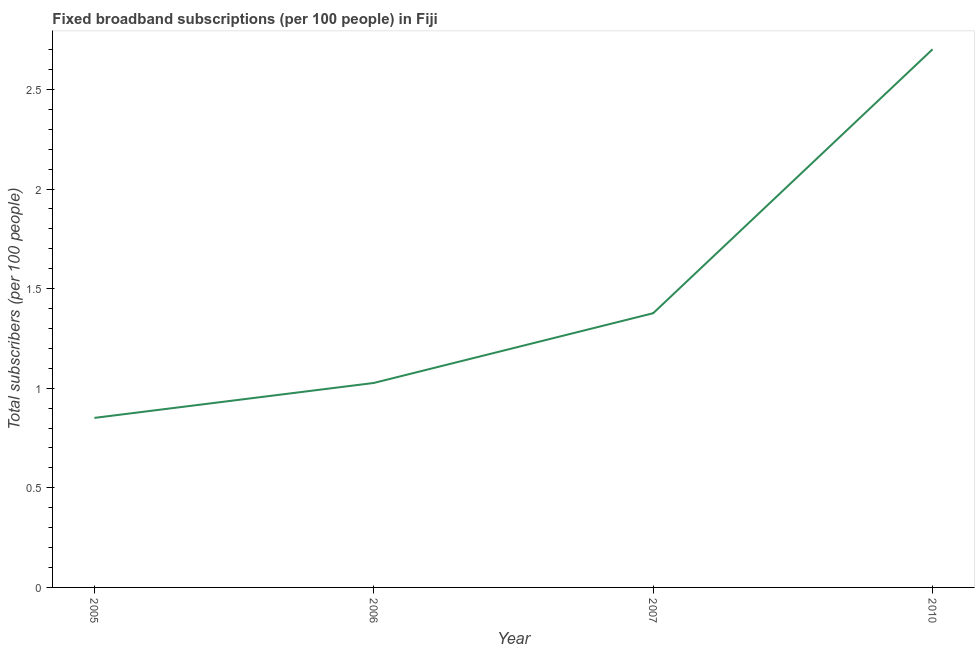
| Year | Fixed broadband subscriptions (per 100 people) |
 | --- | --- |
 | 2005 | 0.851 |
 | 2006 | 1.03 |
 | 2007 | 1.38 |
 | 2010 | 2.7 |